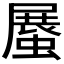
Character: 𧎰